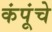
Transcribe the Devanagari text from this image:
कंपूंचे